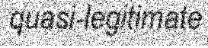
quasi-legitimate